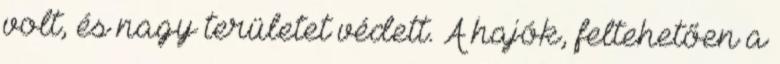
volt, és nagy területet védett. A hajók, feltehetően a